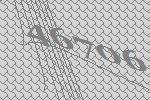
46706